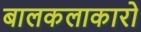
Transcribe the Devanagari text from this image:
बालकलाकारो